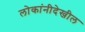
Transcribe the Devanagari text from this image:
लोकांनीदेखील